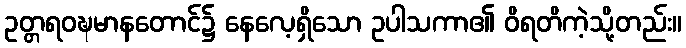
ဥတ္တရဝဍ္ဎမာနတောင်၌ နေလေ့ရှိသော ဥပါသကာ၏ ဝိရတိကဲ့သို့တည်း။